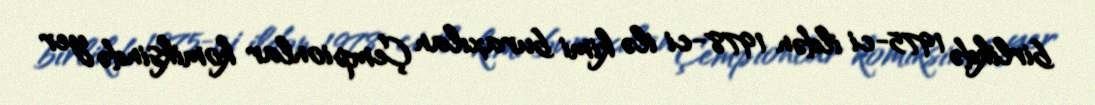
birlikdə 1975-ci ildən 1978-ci ilə kimi buraxılan Çempionlar komiksində yer